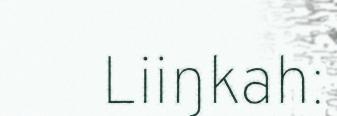
Liiŋkah: